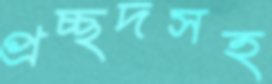
প্রচ্ছদসহ